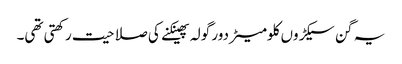
یہ گن سیکڑوں کلومیٹر دور گولہ پھینکنے کی صلاحیت رکھتی تھی۔